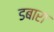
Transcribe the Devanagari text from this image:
डबारा